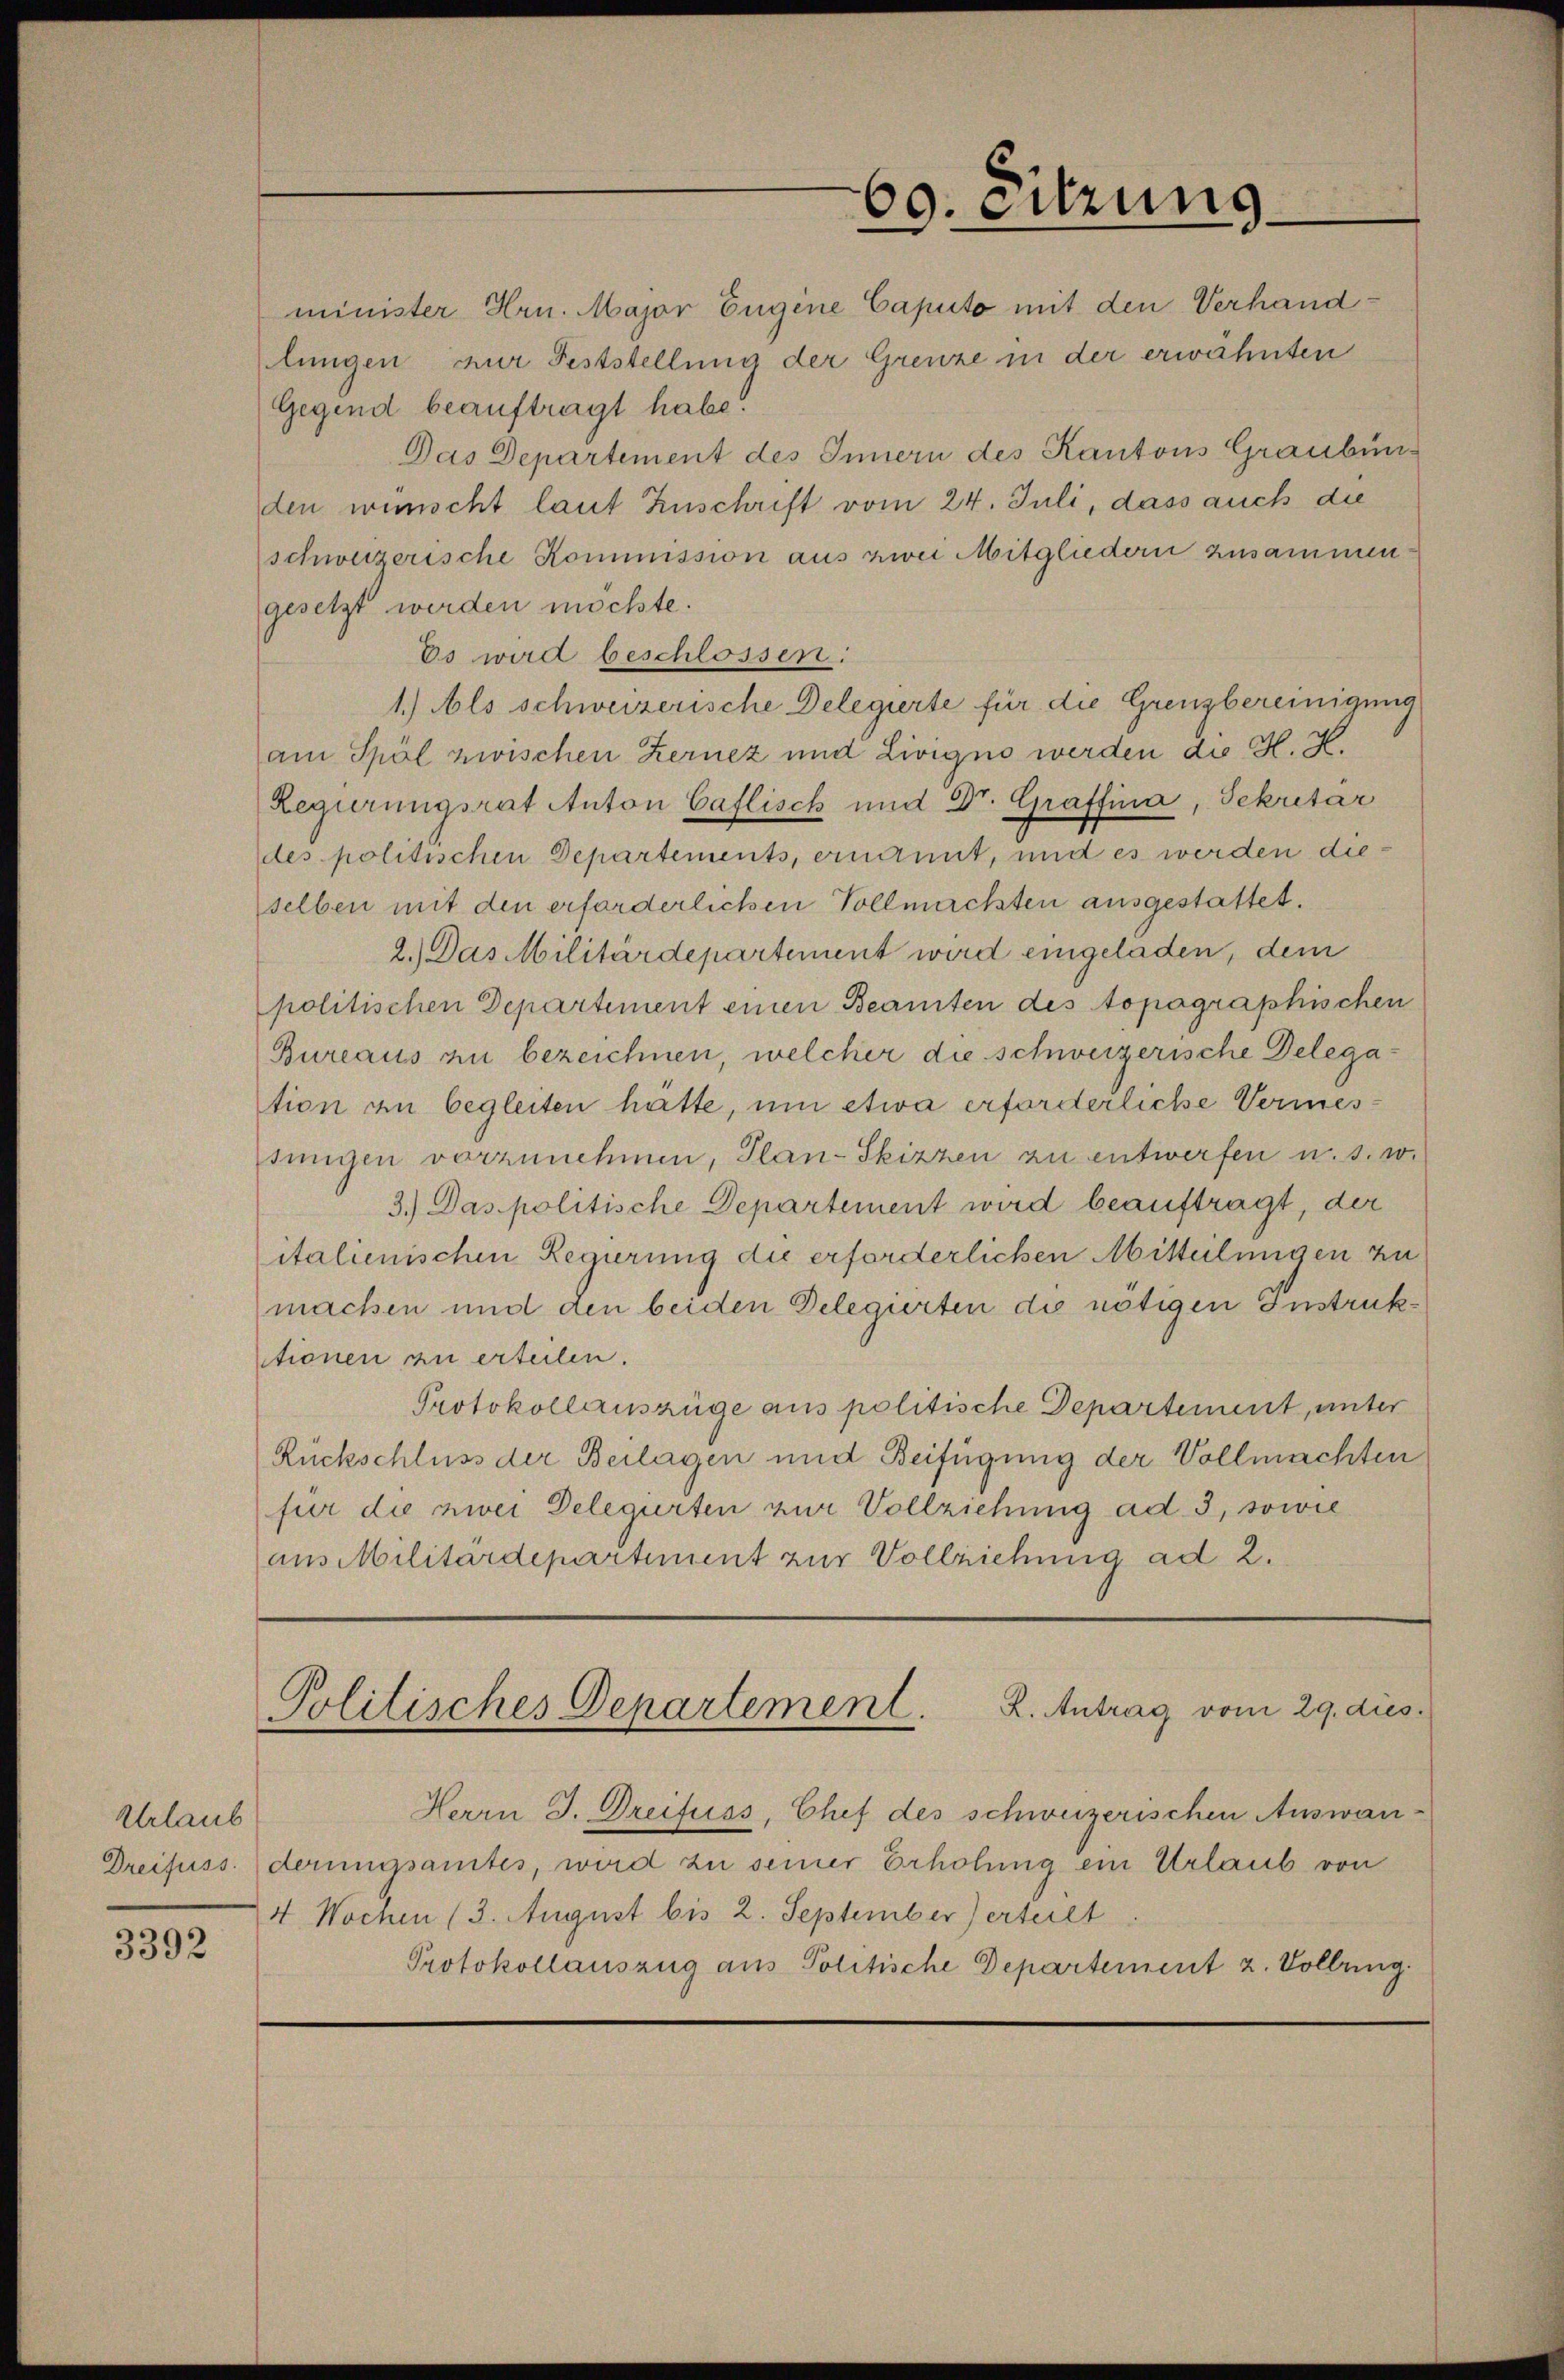
Urlaub
Dreifuss.

3392

minister Hrn. Major Eugene Caputo mit den Verhandlungen nur Feststellung der Grenze in der erwähnten
Gegend beauftragt habe.
Das Departement des Innern des Kantons Graubünden wünscht laut Zuschrift vom 24. Juli, dass auch die
schweizerische Kommission aus zwei Mitgliedern zusammen
gesetzt werden möchte.
Es wird beschlossen:
1.) Als schweizerische Delegierte für die Grenzbereinigung
am Spöl zwischen Kernez und Livigno werden die H. H.
Regierungsrat Anton Caflisch und Dr. Graffina, Sekretar
des politischen Departements, ernannt, und es werden dieselben mit den erforderlichen Vollmachten ausgestattet.
2.) Das Militärdepartement wird eingeladen, dem
politischen Departement einen Beamten des topographischen
Bureaus zu bezeichnen, welcher die schweizerische Delegation zu begleiten hätte, um etwa erforderliche Vermessungen vorzunehmen, Plan-Skizzen zu entwerfen u. s. w.
3.) Das politische Departement wird beauftragt, der
italienischen Regierung die erforderlichen Mitteilungen zu
machen und den beiden Delegierten die nötigen Instrukctionen zu erteilen.
Protokollauszüge aus politische Departement, unter
Rückschluss der Beilagen und Beifügung der Vollmachten
für die zwei Delegierten zur Vollziehung ad 3, sowie
aus Militärdepartiment zur Vollziehung ad 2.

Politisches Departement. K. Antrag vom 29. dies

60. errung

Herrn J. Dreifuss, Chef des schweizerischen Auswanderungsamtes, wird zu seiner Erholung ein Urlaub von
4 Wochen (3. August bis 2. September) erteilt
Protokollauszug aus Politische Departement 2. Vollung.